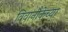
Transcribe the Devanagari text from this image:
विवानौकेच्या